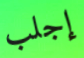
إجلب